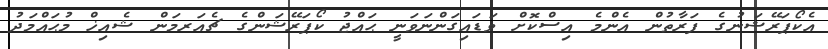
އެކޯޕަރޭޝަނުގެ ފަރާތުން އެންމެ އިސްކޮށް ވަޑައިގަންނަވަނީ ޙައްޖު ކޯޕަރޭޝަންގެ ޗެއަރމަން ޝެއިޚް މުޙައްމަދު